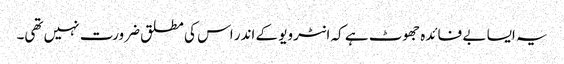
یہ ایسا بے فائدہ جھوٹ ہے کہ انٹرویو کے اندر اس کی مطلق ضرورت نہیں تھی۔